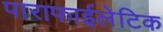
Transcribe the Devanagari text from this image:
पाराफाईलेटिक